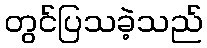
တွင်ပြသခဲ့သည်